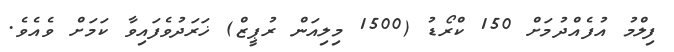
ފިލްމު އުފެއްދުމަށް 150 ކްރޯޑު (1500 މިލިއަން ރުޕީޒް) ޚަރަދުވެފައިވާ ކަމަށް ވެއެވެ.